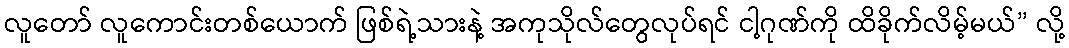
လူတော် လူကောင်းတစ်ယောက် ဖြစ်ရဲ့သားနဲ့ အကုသိုလ်တွေလုပ်ရင် ငါ့ဂုဏ်ကို ထိခိုက်လိမ့်မယ်” လို့